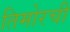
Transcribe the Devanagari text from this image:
तिमोरची